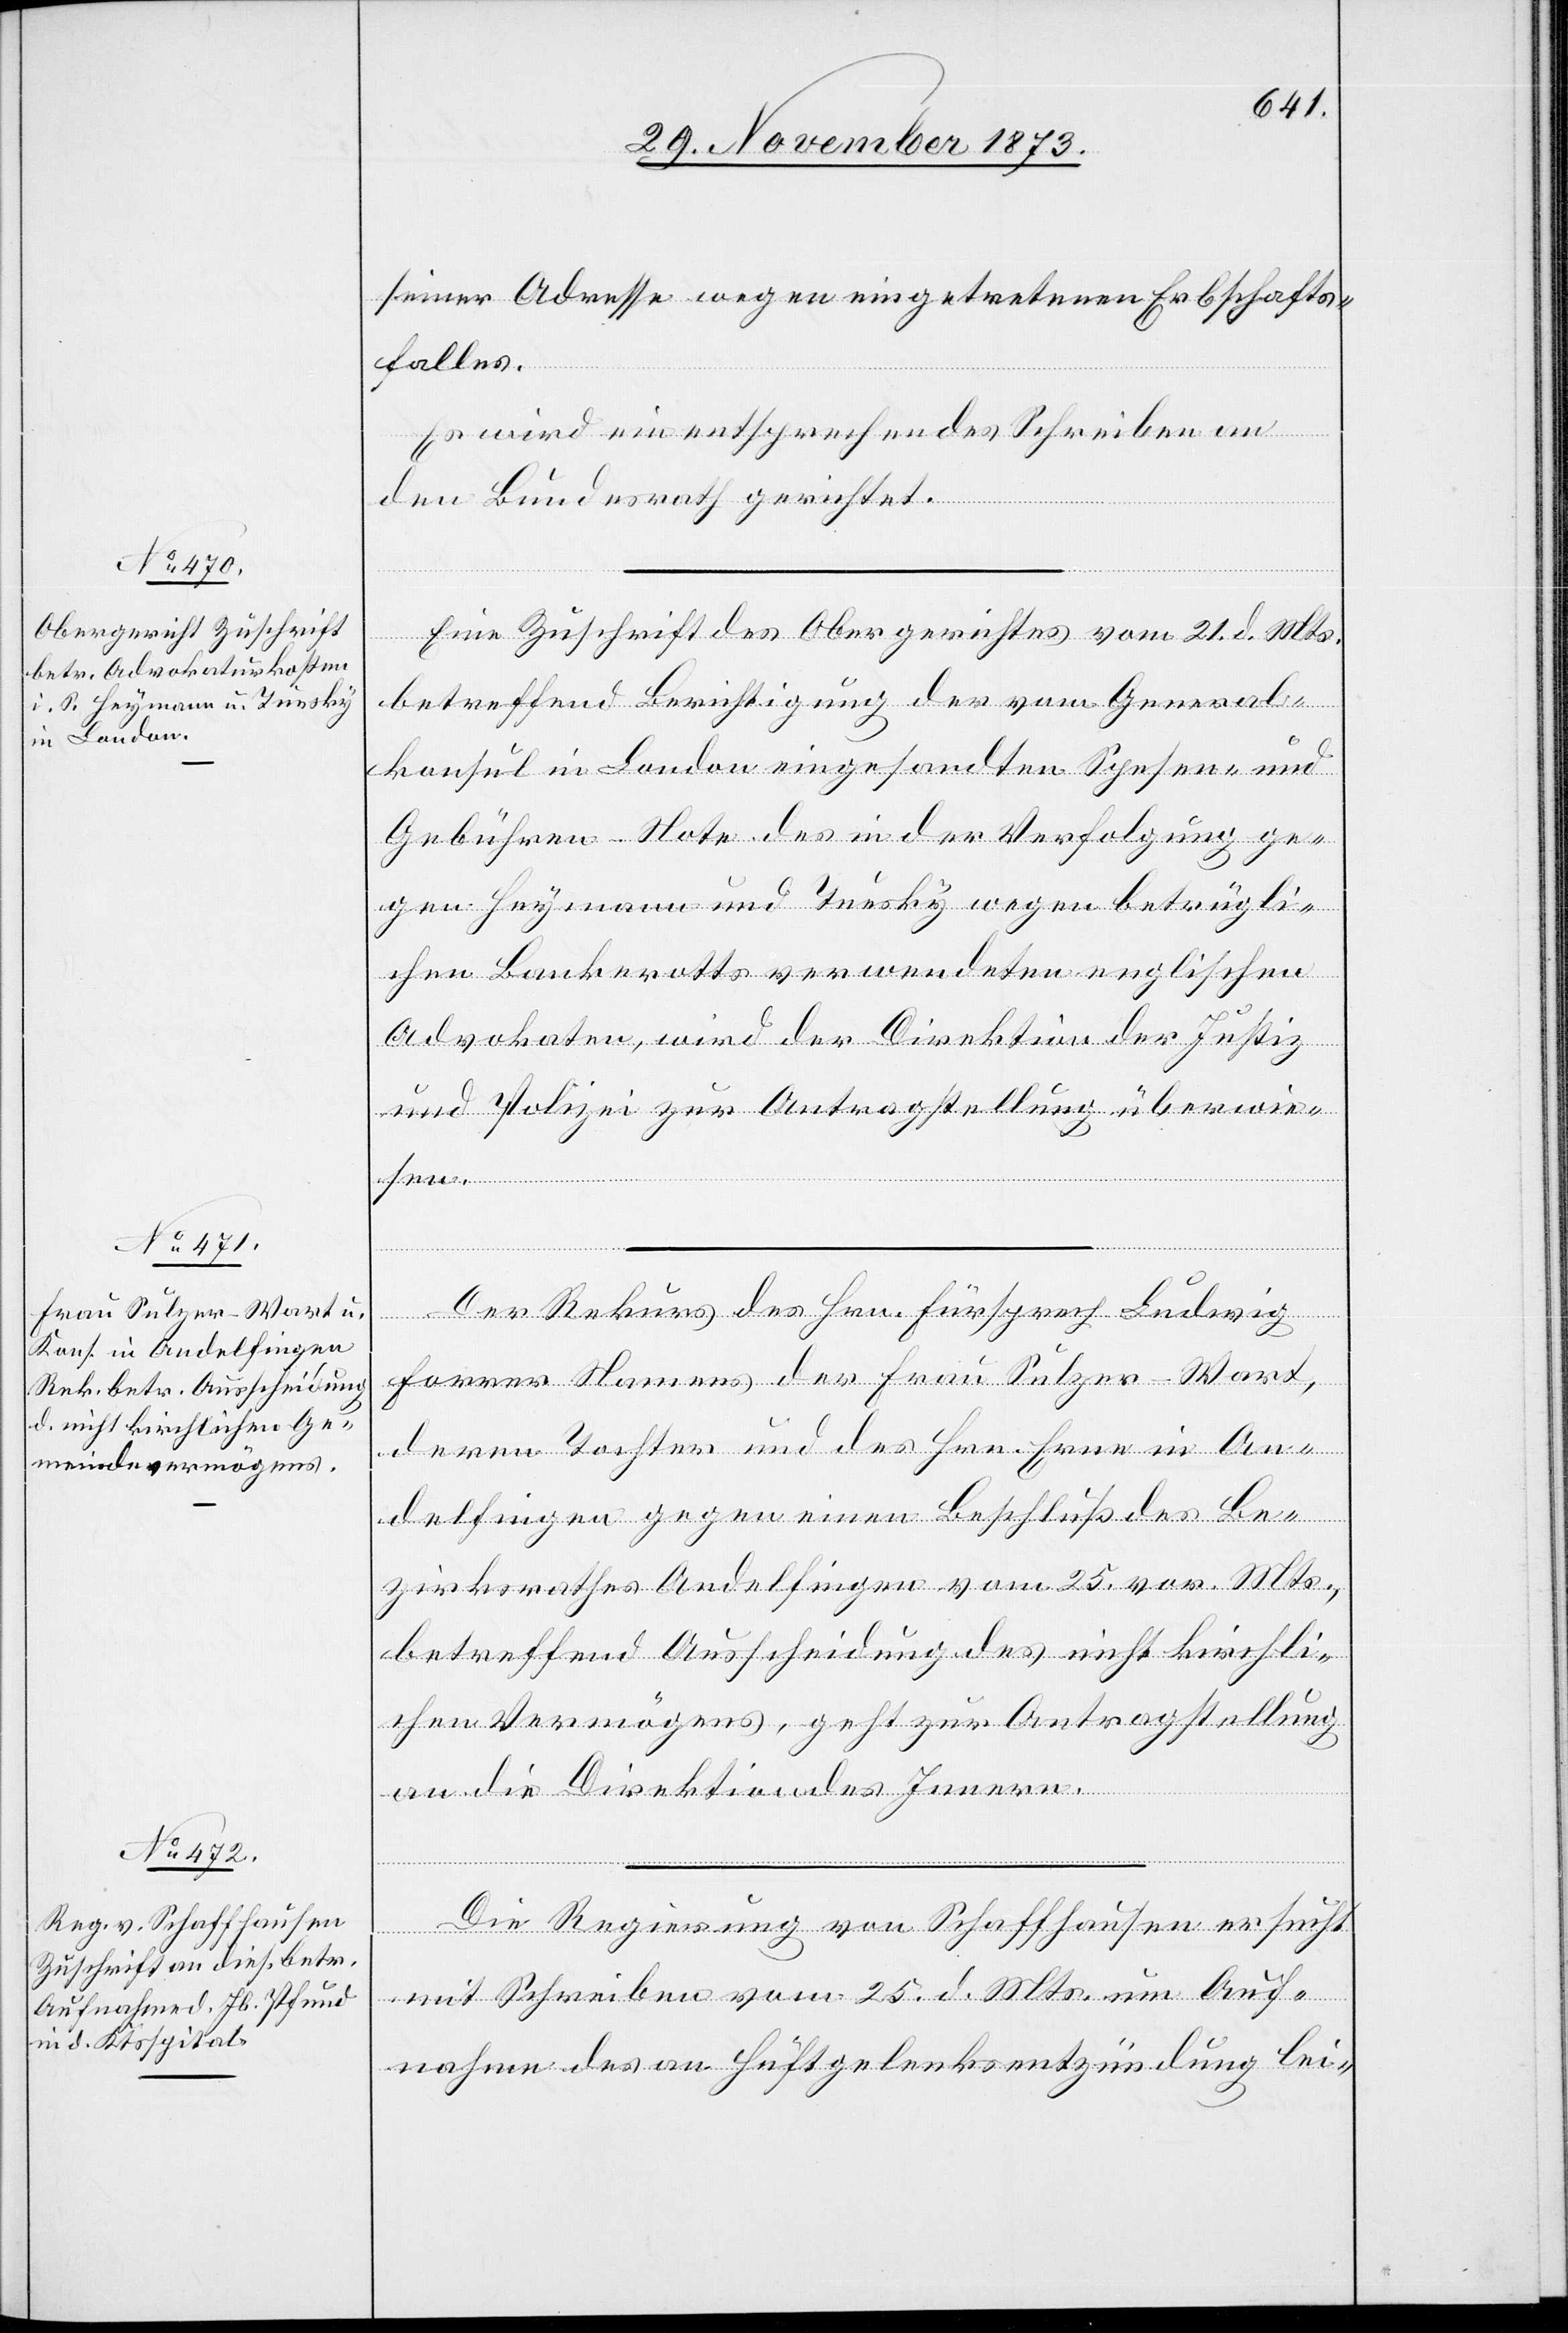
29. November 1873.]
seiner Adresse wegen eingetretenen Erbschafts¬
falles.
Es wird ein entsprechendes Schreiben an
den Bundesrath gerichtet.
Eine Zuschrift des Obergerichtes vom 21. d. Mts.
betreffend Berichtigung der vom General¬
konsul in London eingesandten Spesen- und
Gebühren-Note des in der Verfolgung ge¬
gen Heymann und Tuesky wegen betrügli¬
chen Bankerotts verwendeten englischen
Advokaten, wird der Direktion der Justiz
und Polizei zur Antragstellung überwie¬
sen.
Der Rekurs des Hrn. Fürsprech Ludwig
Forrer Namens der Frau Sulzer-Wart,
deren Tochter und des Hrn. Erne in An¬
delfingen gegen einen Beschluß des Be¬
zirksrathes Andelfingen vom 25. vor. Mts.,
betreffend Ausscheidung des nicht kirchli¬
chen Vermögens, geht zur Antragstellung
an die Direktion des Innern.
Die Regierung von Schaffhausen ersucht
mit Schreiben vom 25. d. Mts. um Auf¬
nahme des an Hüftgelenksentzündung lei-